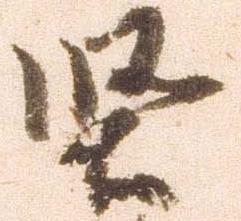
堅